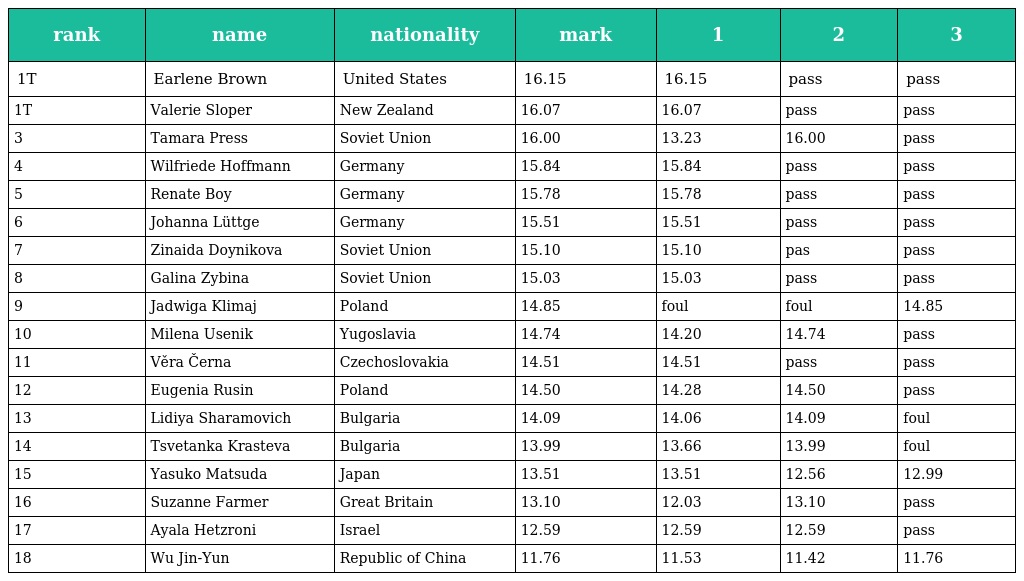
| rank | name | nationality | mark | 1 | 2 | 3 |
 | --- | --- | --- | --- | --- | --- | --- |
 | 1T | Earlene Brown | United States | 16.15 | 16.15 | pass | pass |
 | 1T | Valerie Sloper | New Zealand | 16.07 | 16.07 | pass | pass |
 | 3 | Tamara Press | Soviet Union | 16.00 | 13.23 | 16.00 | pass |
 | 4 | Wilfriede Hoffmann | Germany | 15.84 | 15.84 | pass | pass |
 | 5 | Renate Boy | Germany | 15.78 | 15.78 | pass | pass |
 | 6 | Johanna Lüttge | Germany | 15.51 | 15.51 | pass | pass |
 | 7 | Zinaida Doynikova | Soviet Union | 15.10 | 15.10 | pas | pass |
 | 8 | Galina Zybina | Soviet Union | 15.03 | 15.03 | pass | pass |
 | 9 | Jadwiga Klimaj | Poland | 14.85 | foul | foul | 14.85 |
 | 10 | Milena Usenik | Yugoslavia | 14.74 | 14.20 | 14.74 | pass |
 | 11 | Věra Černa | Czechoslovakia | 14.51 | 14.51 | pass | pass |
 | 12 | Eugenia Rusin | Poland | 14.50 | 14.28 | 14.50 | pass |
 | 13 | Lidiya Sharamovich | Bulgaria | 14.09 | 14.06 | 14.09 | foul |
 | 14 | Tsvetanka Krasteva | Bulgaria | 13.99 | 13.66 | 13.99 | foul |
 | 15 | Yasuko Matsuda | Japan | 13.51 | 13.51 | 12.56 | 12.99 |
 | 16 | Suzanne Farmer | Great Britain | 13.10 | 12.03 | 13.10 | pass |
 | 17 | Ayala Hetzroni | Israel | 12.59 | 12.59 | 12.59 | pass |
 | 18 | Wu Jin-Yun | Republic of China | 11.76 | 11.53 | 11.42 | 11.76 |